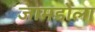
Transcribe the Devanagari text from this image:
जामडोला